Scottish Certificate of Education, 1962
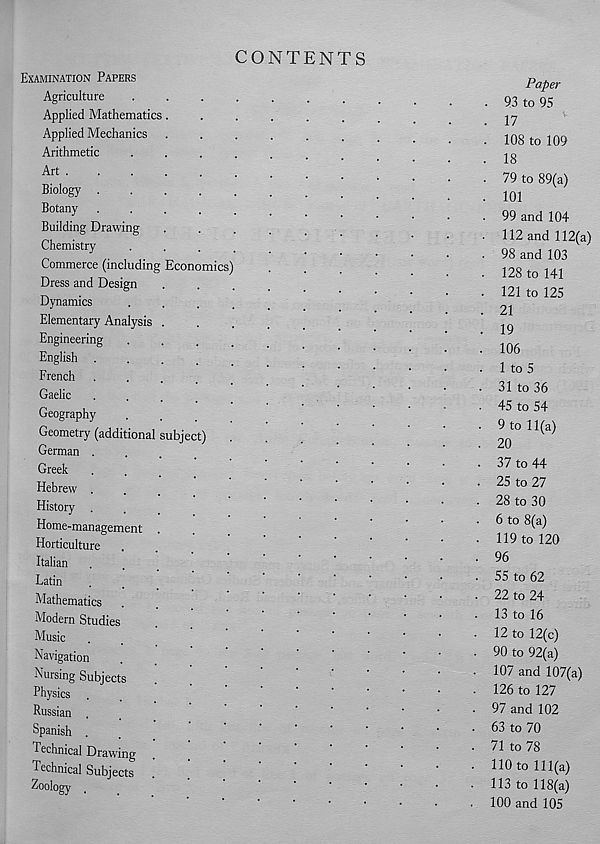
CONTENTS
EXAMINATION PAPERS
Agriculture
Applied Mathematics.
Applied Mechanics
Arithmetic
Art .
Biology .
Botany
Building Drawing
Chemistry
Commerce (including Economics
Dress and Design
Dynamics
Elementary Analysis
Engineering
English .
French
Gaelic
Geography
Geometry (additional subject)
German .
Greek
Hebrew .
History
Home-management
Horticulture
Italian
Latin
Mathematics
Modern Studies
Music
Navigation
Nursing Subjects
Physics
Russian
Spanish .
Technical Drawing
Technical Subjects
Zoology
Paper
.
93 to 95
. 17
. 108 to 109
. 18
• 79 to 89(a)
.
101
. 99 and 104
112 and 112(a)
• 98 and 103
• 128 to 141
• 121 to 125
.
21
. 19
. 106
1 to 5
. 31 to 36
• 45 to 54
■ 9 to 11(a)
.
20
. 37 to 44
. 25 to 27
. 28 to 30
. 6 to 8(a)
• 119 to 120
. 96
55 to 62
. 22 to 24
13 to 16
• 12 to 12(c)
■ 90 to 92(a)
• 107 and 107(a)
• 126 to 127
- 97 and 102
■ 63 to 70
. 71 to 78
. 110 to 111(a)
• 113 to 118(a)
100 and 105